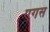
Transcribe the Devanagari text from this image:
एगस